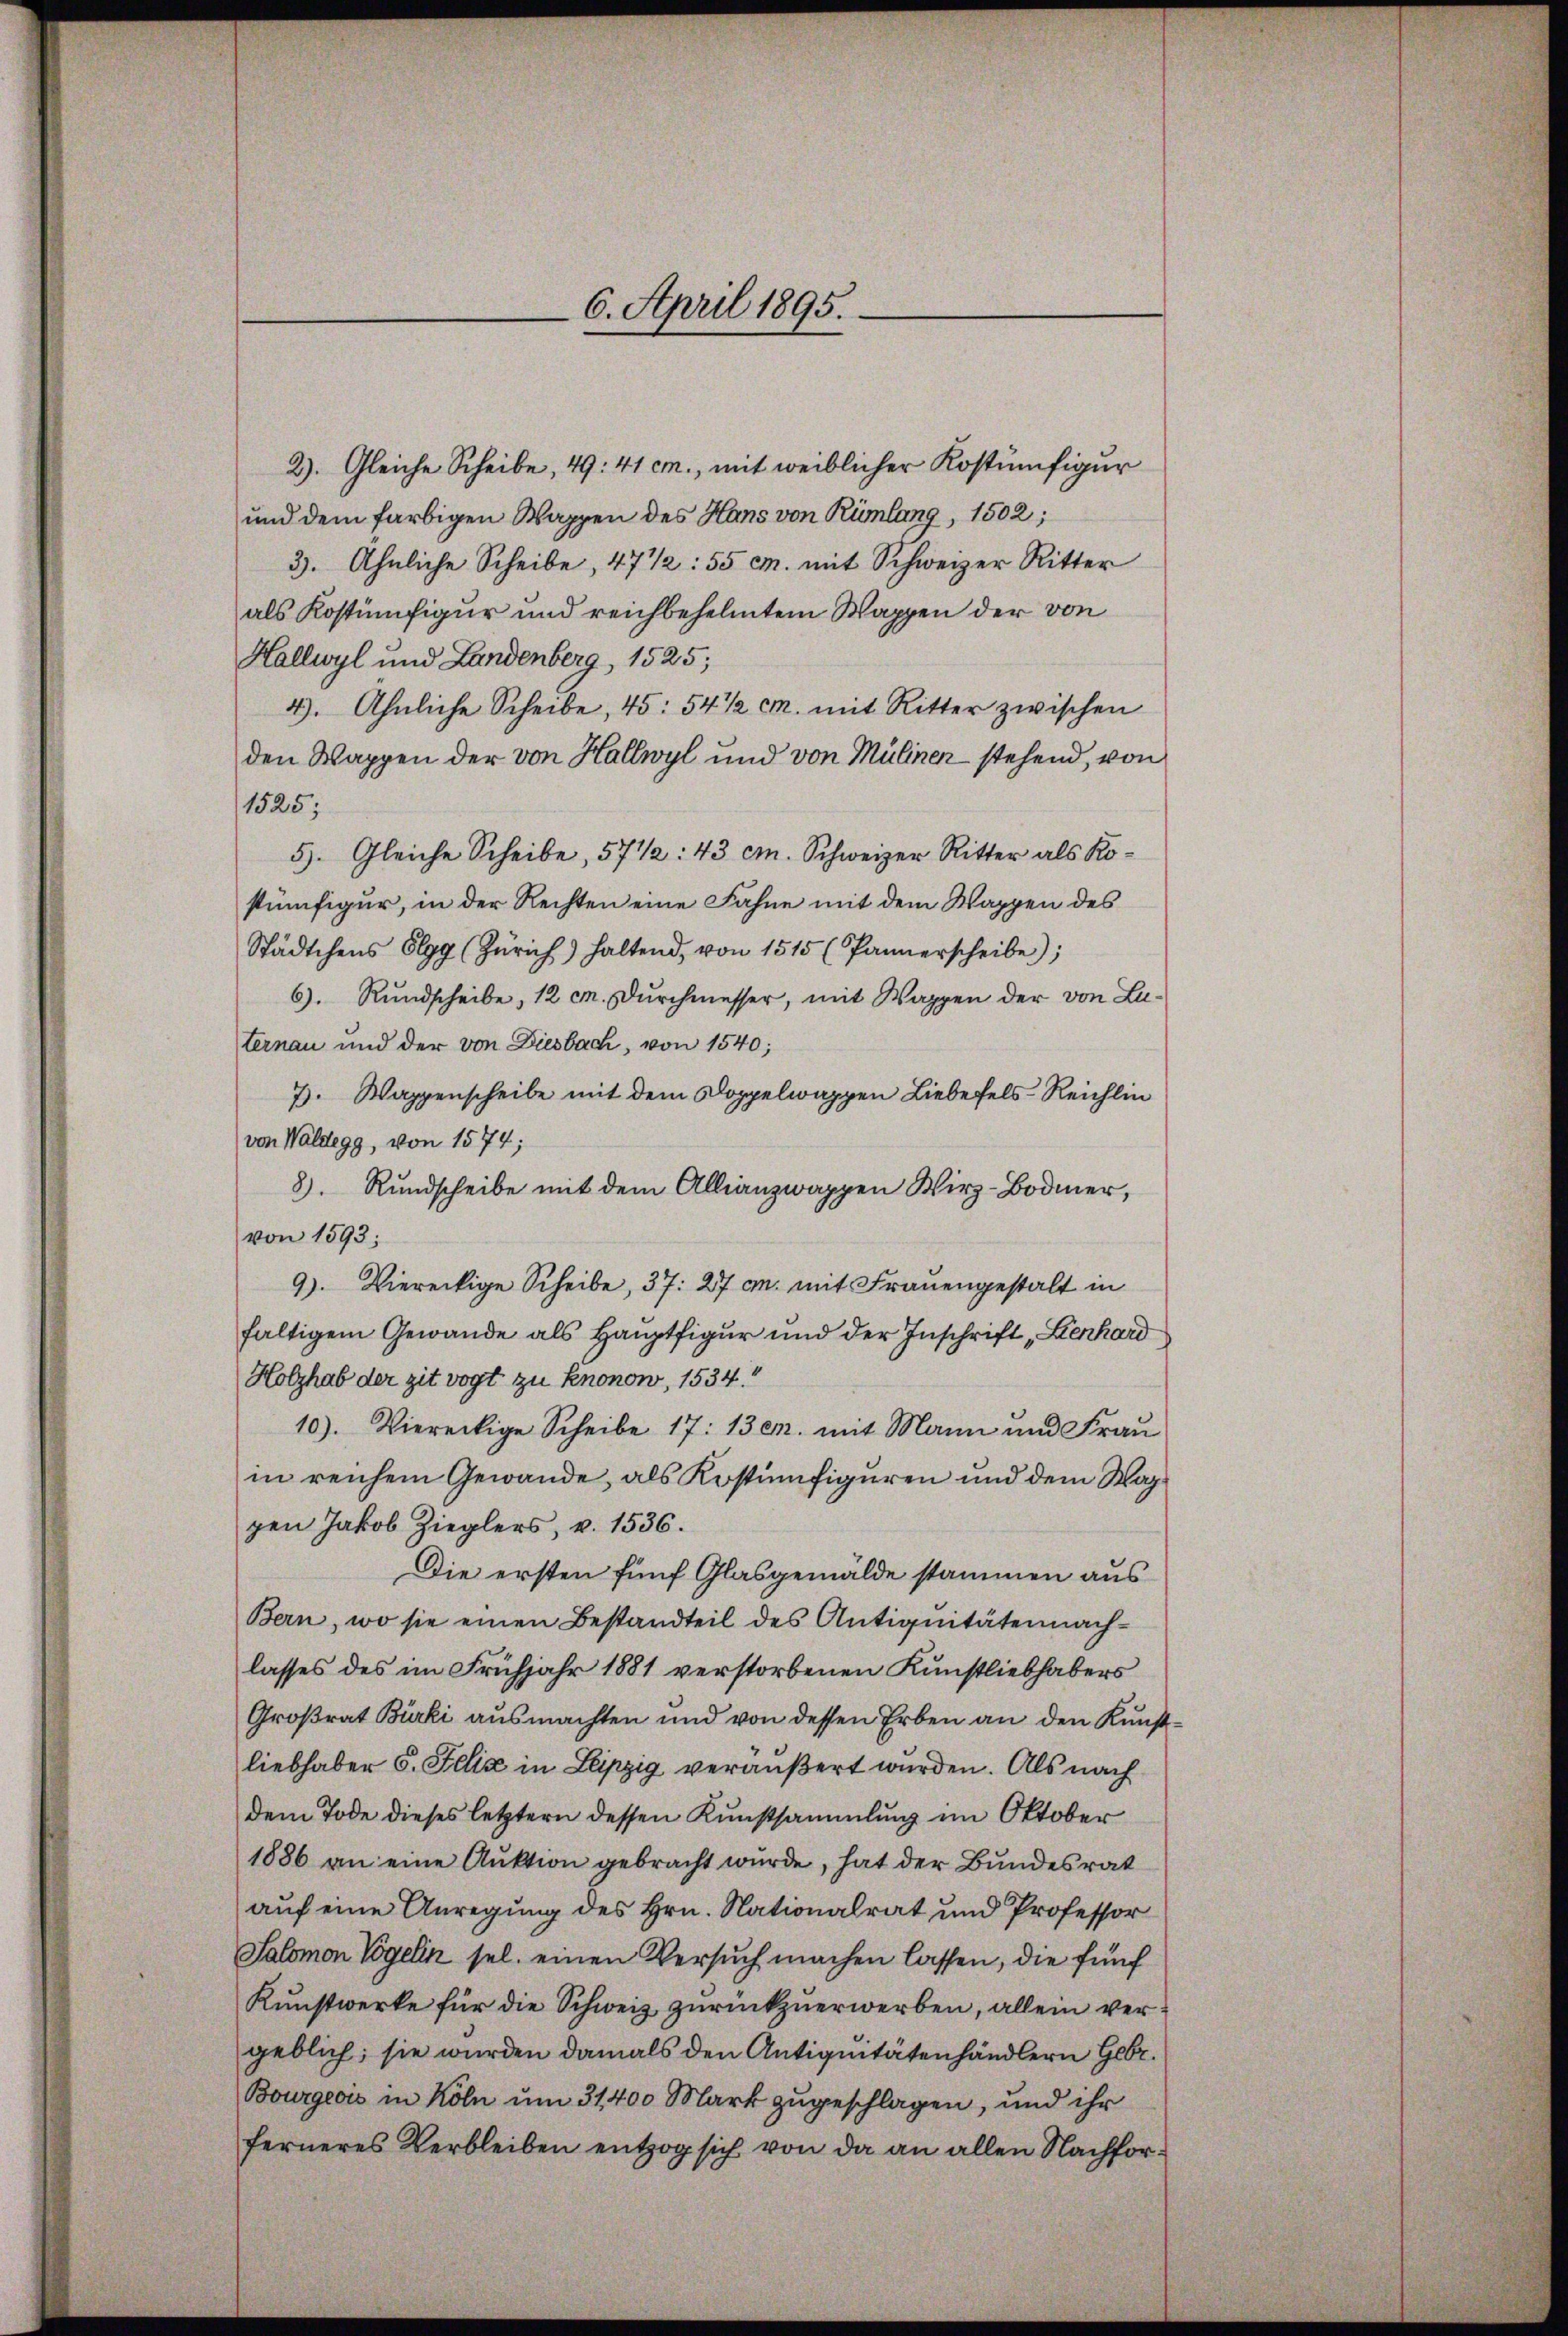
6. April 1895.

2). Gleiche Scheibe, 49: 41 cm., mit weiblicher Kostümfigur
und dem farbigen Wappen des Hans von Rümlang, 1502;
3. Ähnliche Scheibe, 47 1/2:55 cm. mit Schweizer Ritter
als Kostümfigur und reichbehelitem Wappen der von
Hallwyl und Landenberg, 1525;
4). Ähnliche Scheibe, 45: 54 1/2 M. mit Ritter zwischen
den Wappen der von Hallwyl und von Mülinen stehend, von
1525;
5. Gleiche Scheibe, 57 1/2: 43 cm. Schweizer Ritter als Kostümfigur, in der Rechten eine Fahne mit dem Wappen des
Städtchens Elgg (Zürich) haltend, von 1515 (Pannerscheibe);
6). Rundscheibe, 12 M. Durchmesser, mit Wappen der von Luternau und der von Diesbach, von 1540;
7). Wappenscheibe mit dem Doppelwappen Liebefels-Reichlin
von Waldegg, von 1574;
8. Rundscheibe mit dem Allianzwappen Wirz-Bodmer,
von 1593;
9). Diereckige Scheibe, 37. 27 c. mit Frauengestalt in
faltigem Gewände als Hauptfigur und der Inschrift „Lienhard
Holzhab der zit vogt zu knonow, 1534
10). Viereckige Scheibe 17: 13 c. mit Mann und Frau
in reichem Gewände, als Kostümfiguren und dem Waggen Jakob Zieglers, v. 1536.
Die ersten fünf Glasgemälde stammen aus
Bern, wo sie einen Bestandteil des Antiquitäten nach-
lasses des im Frühjahr 1881 verstorbenen Kunstliebhabers
Großrat Bürki ausmachten und von dessen Erben an den Kunstliebhaber 6. Felix in Leipzig veräußert wurden. Als nach
dem Tode dieses letztern dessen Kunstsammlung im Oktober
1886 an eine Auktion gebracht wurde, hat der Bundesrat
auf eine Anregung des Hrn. Nationalrat und Professor
Salomon Vögelin sel. einen Versuch machen lassen, die fünf
Kunstwerke für die Schweiz zurückzuerwerben, allein vergeblich; sie wurden damals den Antiquitätenhändlern Gebr.
Bourgeois in Köln um 31,400 Mark zugeschlagen, und ihr
ferneres Verbleiben entzog sich von da an allen Nachfor¬